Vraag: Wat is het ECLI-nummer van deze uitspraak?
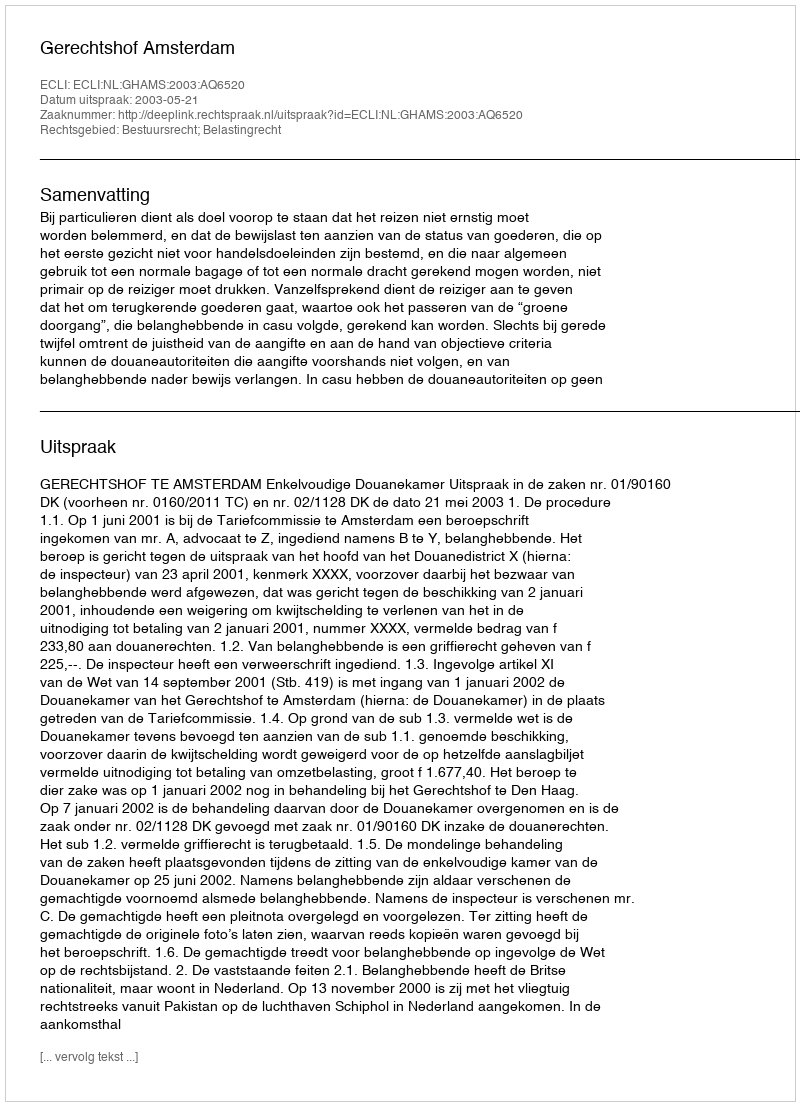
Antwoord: ECLI:NL:GHAMS:2003:AQ6520